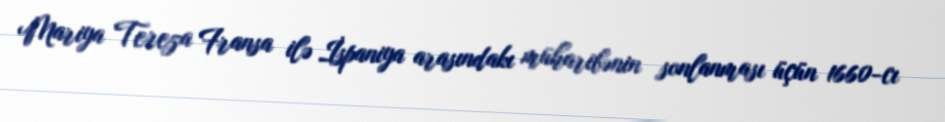
Mariya Tereza Fransa ilə İspaniya arasındakı müharibənin sonlanması üçün 1660-cı